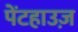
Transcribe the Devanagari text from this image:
पेंटहाउज़